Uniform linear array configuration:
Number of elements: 64
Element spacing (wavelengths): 0.25
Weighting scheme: uniform
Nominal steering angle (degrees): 60
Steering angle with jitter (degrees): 60.488
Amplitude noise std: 0.05
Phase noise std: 0.05

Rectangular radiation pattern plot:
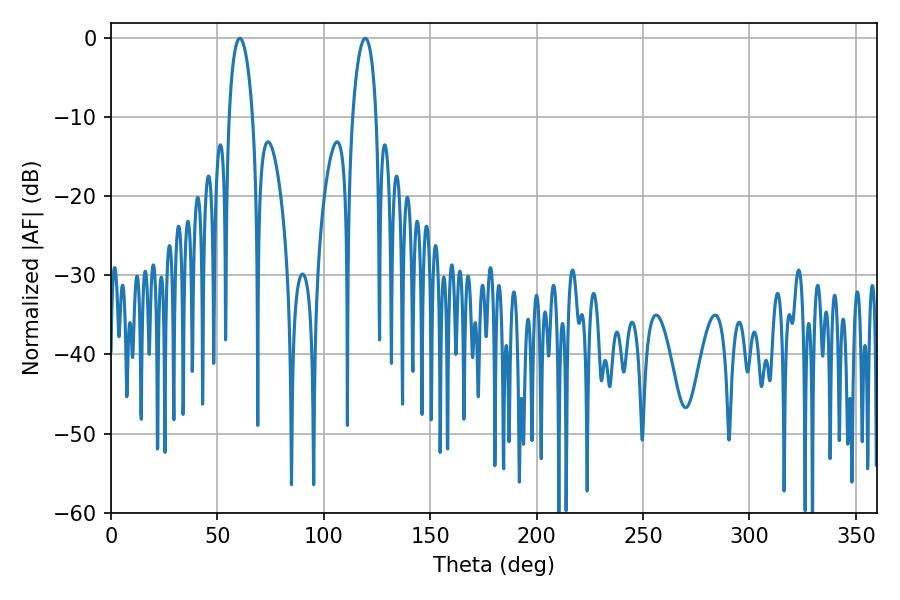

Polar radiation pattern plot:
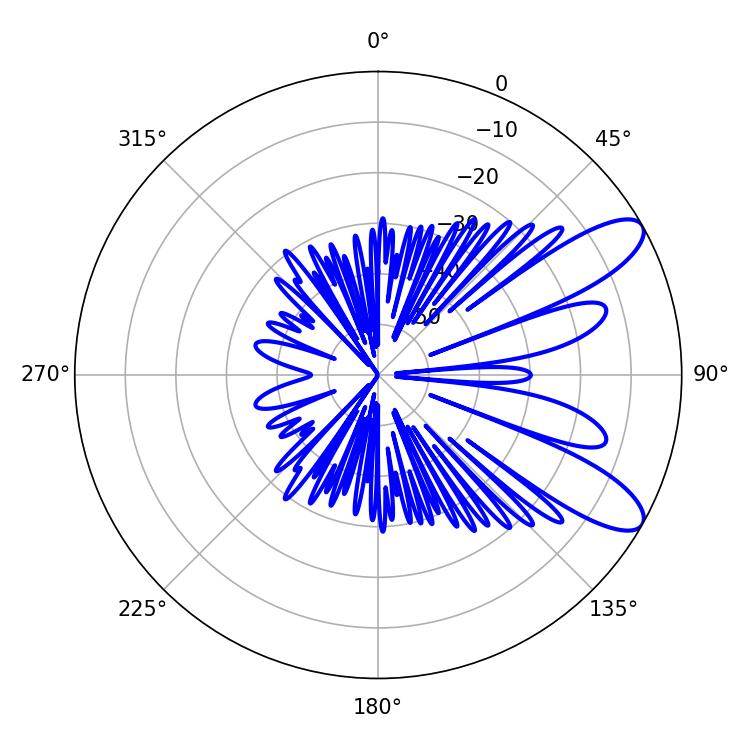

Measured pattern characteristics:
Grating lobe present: FALSE
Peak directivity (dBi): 9.605
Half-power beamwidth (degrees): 6.3
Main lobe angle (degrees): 60.48